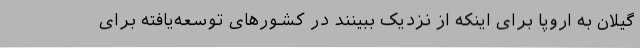
گیلان به اروپا برای اینکه از نزدیک ببینند در کشورهای توسعه‌یافته برای